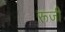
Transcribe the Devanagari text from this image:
रूजी